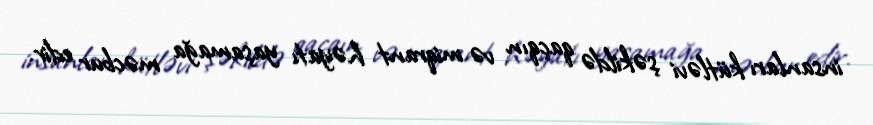
insanları kütləvi şəkildə qaçqın və miqrant həyatı yaşamağa məcbur edir.